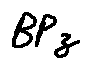
B P z